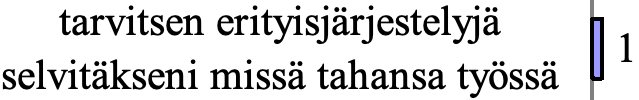
tarvitsen erityisjärjestelyjä 1 selvitäkseni missä tahansa työssä